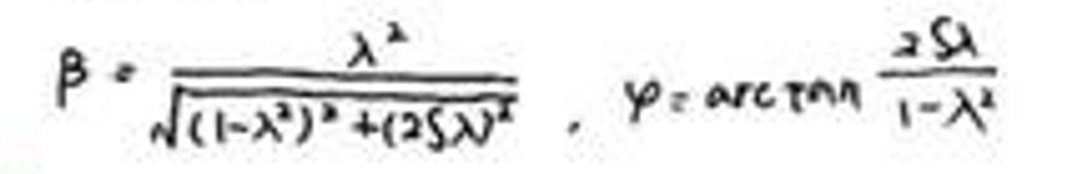
\(\beta = \frac{\lambda ^ { 2 }}{\sqrt{ ( 1 - \lambda ^ { 2 } ) ^ { 2 } + ( 2 S \lambda ) ^ { 2 } }}, \varphi = \arctan \frac{2 S \lambda}{1 - \lambda ^ { 2 }}\)